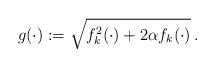
LaTeX: \begin{align*}g(\cdot):=\sqrt{f_k^2(\cdot)+2\alpha f_k(\cdot)}\,.\end{align*}